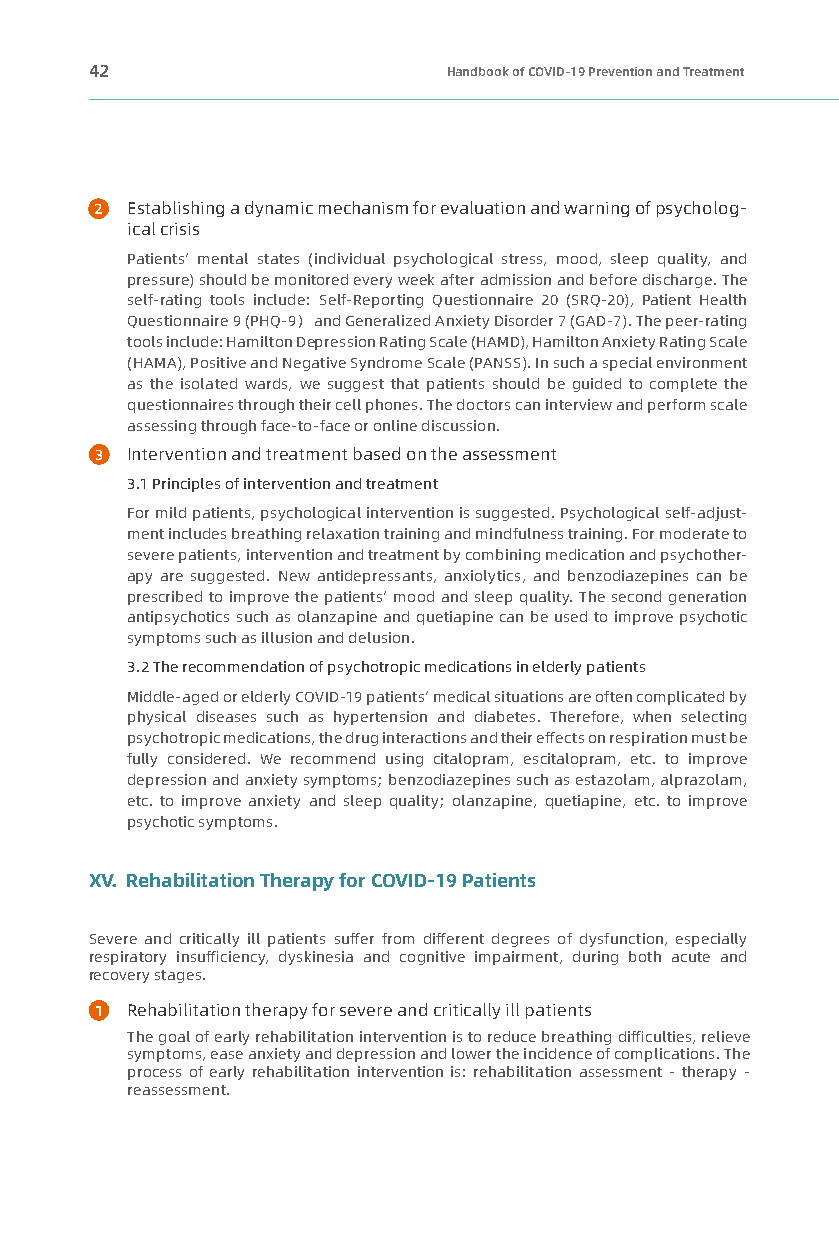
42                      Handbook of COVID-19 Prevention and Treatment
 2 Establishing a dynamic mechanism for evaluation and warning of psycholog-
 ical crisis
 Patients’ mental states (individual psychological stress, mood, sleep quality, and
 pressure) should be monitored every week after admission and before discharge. The
 self-rating tools include: Self-Reporting Questionnaire 20 (SRQ-20), Patient Health
 Questionnaire 9 (PHQ-9） and Generalized Anxiety Disorder 7 (GAD-7). The peer-rating
 tools include: Hamilton Depression Rating Scale (HAMD), Hamilton Anxiety Rating Scale
 (HAMA), Positive and Negative Syndrome Scale (PANSS). In such a special environment
 as the isolated wards, we suggest that patients should be guided to complete the
 questionnaires through their cell phones. The doctors can interview and perform scale
 assessing through face-to-face or online discussion.
 3 Intervention and treatment based on the assessment
 3.1 Principles of intervention and treatment
 For mild patients, psychological intervention is suggested. Psychological self-adjust-
 ment includes breathing relaxation training and mindfulness training. For moderate to
 severe patients, intervention and treatment by combining medication and psychother-
 apy are suggested. New antidepressants, anxiolytics, and benzodiazepines can be
 prescribed to improve the patients’ mood and sleep quality. The second generation
 antipsychotics such as olanzapine and quetiapine can be used to improve psychotic
 symptoms such as illusion and delusion.
 3.2 The recommendation of psychotropic medications in elderly patients
 Middle-aged or elderly COVID-19 patients’ medical situations are often complicated by
 physical diseases such as hypertension and diabetes. Therefore, when selecting
 psychotropic medications, the drug interactions and their effects on respiration must be
 fully considered. We recommend using citalopram, escitalopram, etc. to improve
 depression and anxiety symptoms; benzodiazepines such as estazolam, alprazolam,
 etc. to improve anxiety and sleep quality; olanzapine, quetiapine, etc. to improve
 psychotic symptoms.
 XV. Rehabilitation Therapy for COVID-19 Patients
 Severe and critically ill patients suffer from different degrees of dysfunction, especially
 respiratory insufficiency, dyskinesia and cognitive impairment, during both acute and
 recovery stages.
 1 Rehabilitation therapy for severe and critically ill patients
 The goal of early rehabilitation intervention is to reduce breathing difficulties, relieve
 symptoms, ease anxiety and depression and lower the incidence of complications. The
 process of early rehabilitation intervention is: rehabilitation assessment - therapy -
 reassessment.